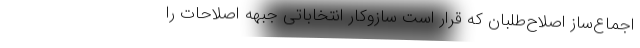
اجماع‌ساز اصلاح‌طلبان که قرار است سازوکار انتخاباتی جبهه اصلاحات را